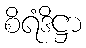
စိရံဒိဋ္ဌာ